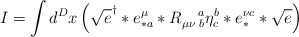
\begin{align*}I=\int d^{D}x\left( \sqrt{e}^{\dagger }\ast e_{\ast a}^{\mu }\ast R_{\mu \nu\,\,b}^{\quad a}\eta _{c}^{b}\ast e_{\ast }^{\nu c}\ast \sqrt{e}\right)\end{align*}